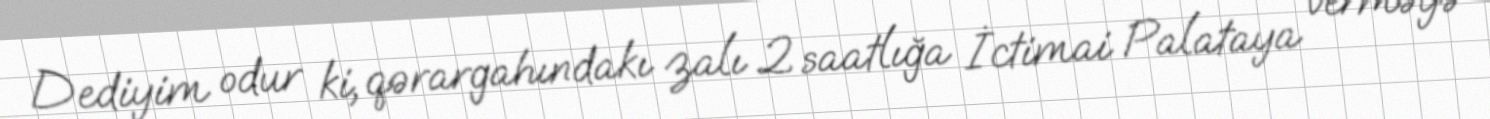
Dediyim odur ki, qərargahındakı zalı 2 saatlığa İctimai Palataya verməyə